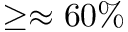
\geq \approx 6 0 \%